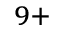
^ { 9 + }